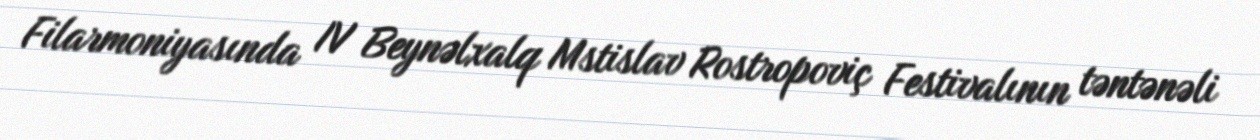
Filarmoniyasında IV Beynəlxalq Mstislav Rostropoviç Festivalının təntənəli